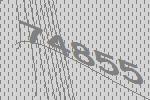
74855